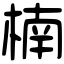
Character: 楠